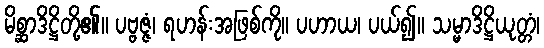
မိစ္ဆာဒိဋ္ဌိတို့၏။ ပဗ္ဗဇ္ဇံ၊ ရဟန်းအဖြစ်ကို။ ပဟာယ၊ ပယ်၍။ သမ္မာဒိဋ္ဌိယုတ္တံ၊